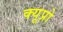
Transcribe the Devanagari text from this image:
क्यूप्रो